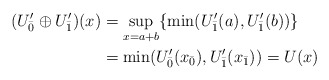
\begin{align*}(U^\prime_{\bar{0}}\oplus U^\prime_{\bar{1}})(x)& = \sup_{x = a+b}\{\min(U^\prime_{\bar{1}}(a), U^\prime_{\bar{1}}(b))\}\\& = \min(U^\prime_{\bar{0}}(x_{\bar{0}}), U^\prime_{\bar{1}}(x_{\bar{1}})) = U(x)\end{align*}